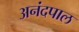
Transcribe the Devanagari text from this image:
अनंदपाल